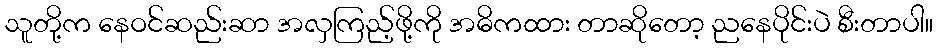
သူတို့က နေဝင်ဆည်းဆာ အလှကြည့်ဖို့ကို အဓိကထား တာဆိုတော့ ညနေပိုင်းပဲ စီးတာပါ။